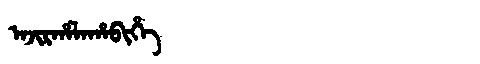
Manchu: ᠠᠵᡳᡵᡥᠠᠯᠠᡥᠠᠪᡳᡥᡝ
Romanization: AJIRHALAHABIHE